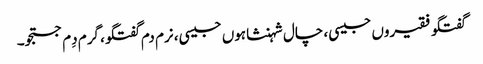
گفتگو فقیروں جیسی، چال شہنشاہوں جیسی، نرم دم گفتگو، گرم دِم جستجو۔